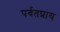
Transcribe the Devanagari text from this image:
पर्वतप्राय